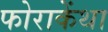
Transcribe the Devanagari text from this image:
फोराकेंथा